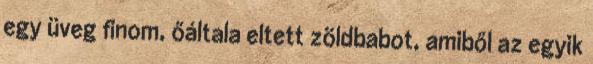
egy üveg finom, őáltala eltett zöldbabot, amiből az egyik